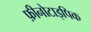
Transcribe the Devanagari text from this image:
फ़ीनोटाइपिक